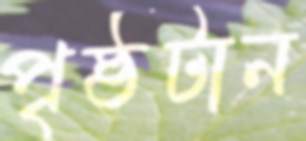
পৃষ্ঠটান